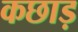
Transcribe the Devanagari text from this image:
कछाड़